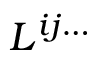
L ^ { i j \ldots }